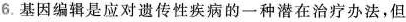
6.基因编辑是应对遗传性疾病的一种潜在治疗办法，但